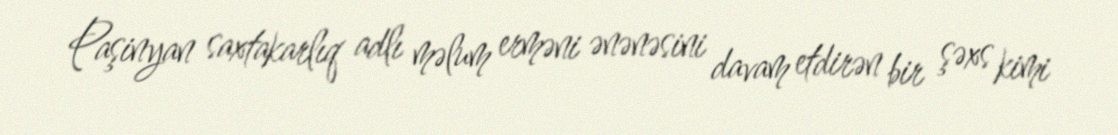
Paşinyan saxtakarlıq adlı məlum erməni ənənəsini davam etdirən bir şəxs kimi